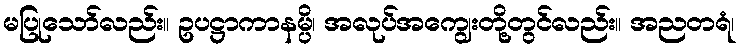
မပြုသော်လည်း။ ဥပဋ္ဌာကာနမ္ပိ၊ အလုပ်အကျွေးတို့တွင်လည်း။ အညတရံ၊